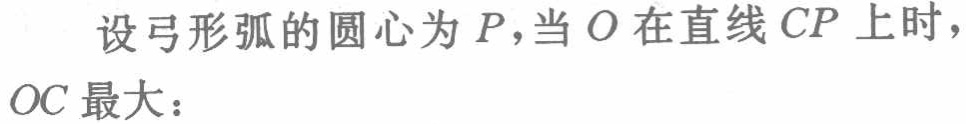
设弓形弧的圆心为\(P\)，当\(O\)在直线\(CP\)上时，\(OC\)最大：